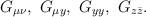
LaTeX: \begin{align*}G_{\mu\nu},\ G_{\mu y},\ G_{yy},\ G_{z\bar{z}}.\end{align*}